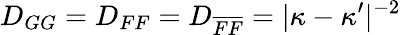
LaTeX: D_{GG}=D_{FF}=D_{\overline{{F}}\overline{{F}}}=\vert\kappa-\kappa^{\prime}\vert^{-2}